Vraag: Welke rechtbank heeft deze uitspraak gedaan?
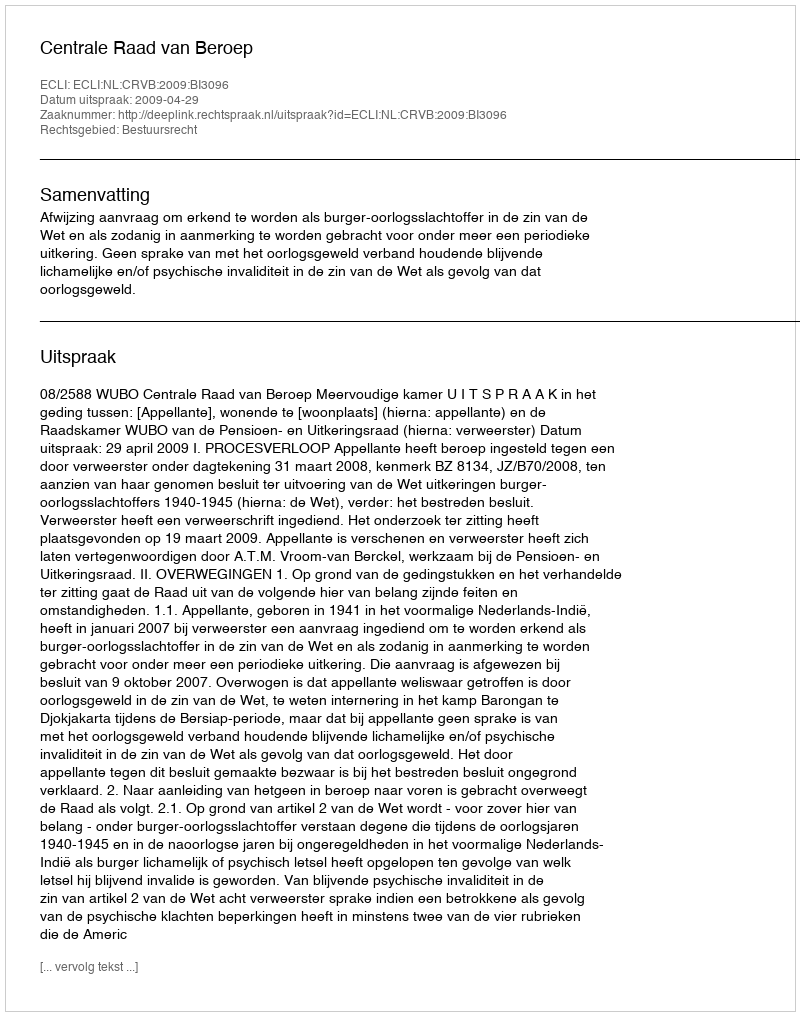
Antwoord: Centrale Raad van Beroep